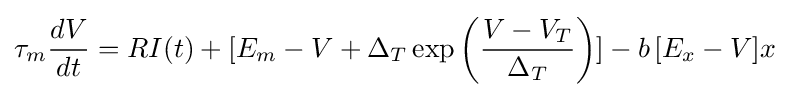
\tau _{m}{\frac {dV}{dt}}=RI(t)+[E_{m}-V+\Delta _{T}\exp \left({\frac {V-V_{T}}{\Delta _{T}}}\right)]-b\,[E_{x}-V]x